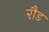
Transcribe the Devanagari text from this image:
रौड